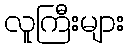
လူကြီးများ